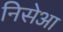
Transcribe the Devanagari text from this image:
निसेआ